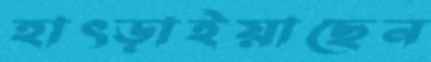
হাৎড়াইয়াছেন